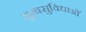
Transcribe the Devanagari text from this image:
सुखसुविधाओं